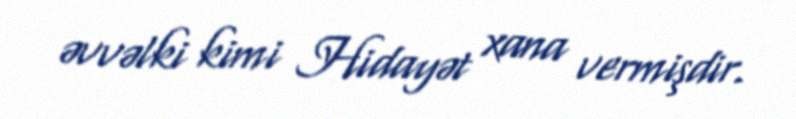
əvvəlki kimi Hidayət xana vermişdir.